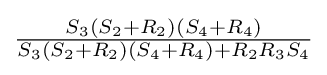
{\tfrac {S_{3}(S_{2}+R_{2})(S_{4}+R_{4})}{S_{3}(S_{2}+R_{2})(S_{4}+R_{4})+R_{2}R_{3}S_{4}}}